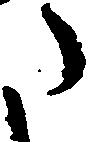
た